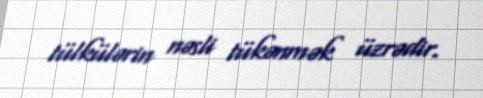
tülkülərin nəsli tükənmək üzrədir.